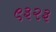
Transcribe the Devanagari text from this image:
९३२३